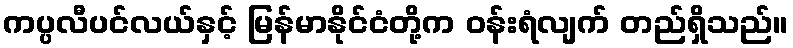
ကပ္ပလီပင်လယ်နှင့် မြန်မာနိုင်ငံတို့က ဝန်းရံလျက် တည်ရှိသည်။